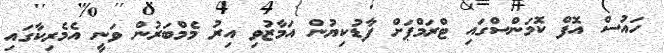
ހައުސް އޮފް ކޮމަންސްގައި ޓްރަމްޕަށް ފާޑުކިޔުން އަމާޒުވި އިރު މެމްބަރުން ވަނީ އެމެރިކާގައި